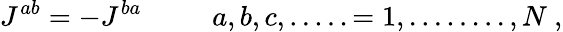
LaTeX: J^{ab}=-J^{ba}\ \ \ \ \ \ \ \ \ \ a,b,c,.....=1,........,N\ ,